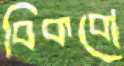
বিকবো